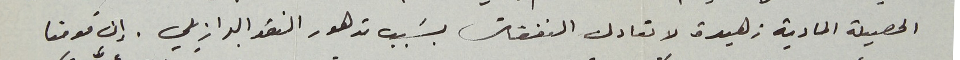
الحصيلة المادية زهيدة لا تعادل النفقات بسَبب تدهور النقد البرازيلي. إن قومنا